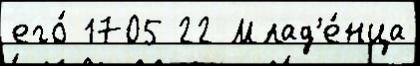
его́ 1705 22 Млад'е́нца